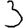
Digit: 3